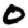
Digit: 0